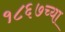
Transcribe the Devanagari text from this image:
१८६७च्या